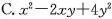
C. $$x^{2}-2xy+4y^{2}$$